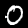
Label: 0